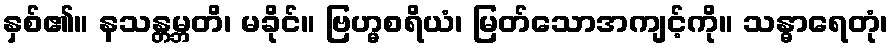
နှစ်၏။ နသန္တမ္ဘတိ၊ မခိုင်။ ဗြဟ္မစရိယံ၊ မြတ်သောအကျင့်ကို။ သန္ဓာရေတုံ၊